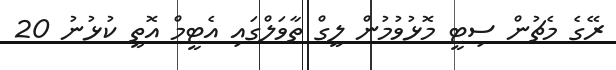
ރޭގެ މެޗުން ސިޓީ މޮޅުވުމުން ލީގް ތާވަލްގައި އެޓީމް އޮތީ ކުޅުނު 20